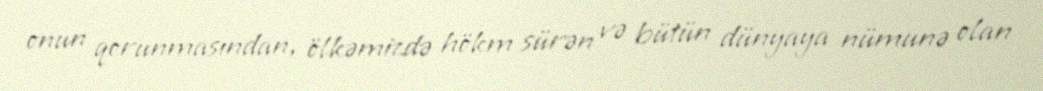
onun qorunmasından, ölkəmizdə hökm sürən və bütün dünyaya nümunə olan